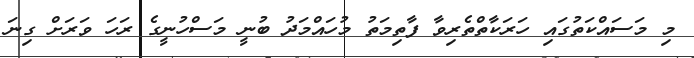
މި މަސައްކަތުގައި ހަރަކާތްތެރިވާ ފާތިމަތު މުހައްމަދު ބުނީ މަސްހުނީގެ ރަހަ ވަރަށް ގިނަ